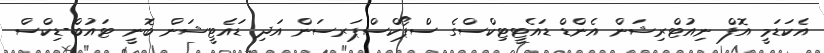
އެކަޑަމީ އޮފް ނިއުޓްރިޝަން އެންޑް ޑައެޓީޓިކްސްގެ ސްޕޯކްސްޕަރސަން އަދި ޑައެޓީޝަން ބޮނީ ޓައުބް-ޑިކްސް